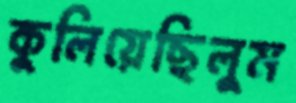
কুলিয়েছিলুম